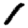
Digit: 1